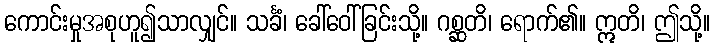
ကောင်းမှုအစုဟူ၍သာလျှင်။ သင်္ခံ၊ ခေါ်ဝေါ်ခြင်းသို့။ ဂစ္ဆတိ၊ ရောက်၏။ ဣတိ၊ ဤသို့။